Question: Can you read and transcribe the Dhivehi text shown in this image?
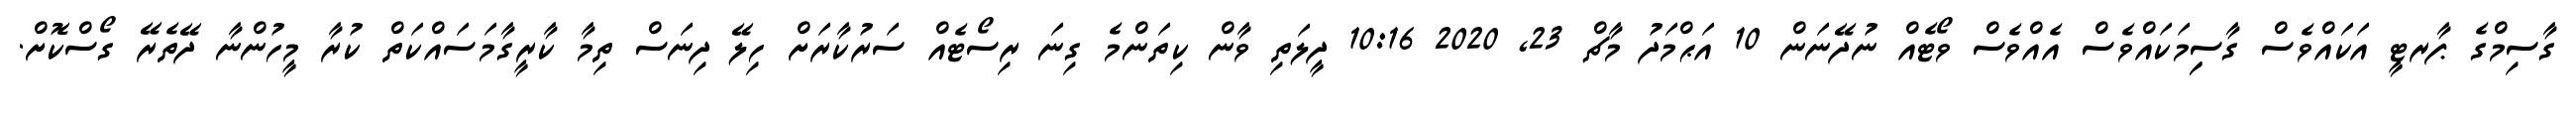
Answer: ގާސިމްގެ ޕާރޓީ އަކައްވެސް ގާސިިމަކައްވެސް އެއްވެސް ވޯޓެއް ނުދޭނަން 10 އަޙްމަދު މާޗް 23, 2020 10:16 ދީލަތި ވާން ކިތަންމެ ގިނަ ރިސޯޓެއް ސަރުކާރަށް ހިލޭ ދިނަސް ތިމާ ކާރީގާމަސައްކަތް ކުރާ މީހުންނާ ދޭތެރޭ ގޯސްކޮށް.